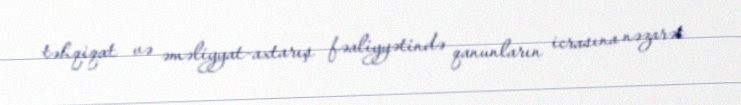
təhqiqat və əməliyyat-axtarış fəaliyyətində qanunların icrasına nəzarət